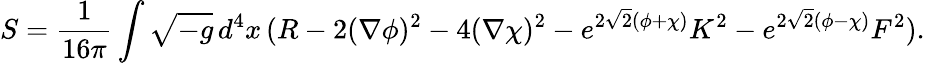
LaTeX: S=\frac{1}{16\pi}\int\sqrt{-g}\, d^{4}x\, (R-2(\nabla\phi)^{2}-4(\nabla\chi)^{2}-e^{2\sqrt{2}(\phi+\chi)}K^{2}-e^{2\sqrt{2}(\phi-\chi)}F^{2}).